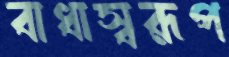
বাধাস্বরূপ